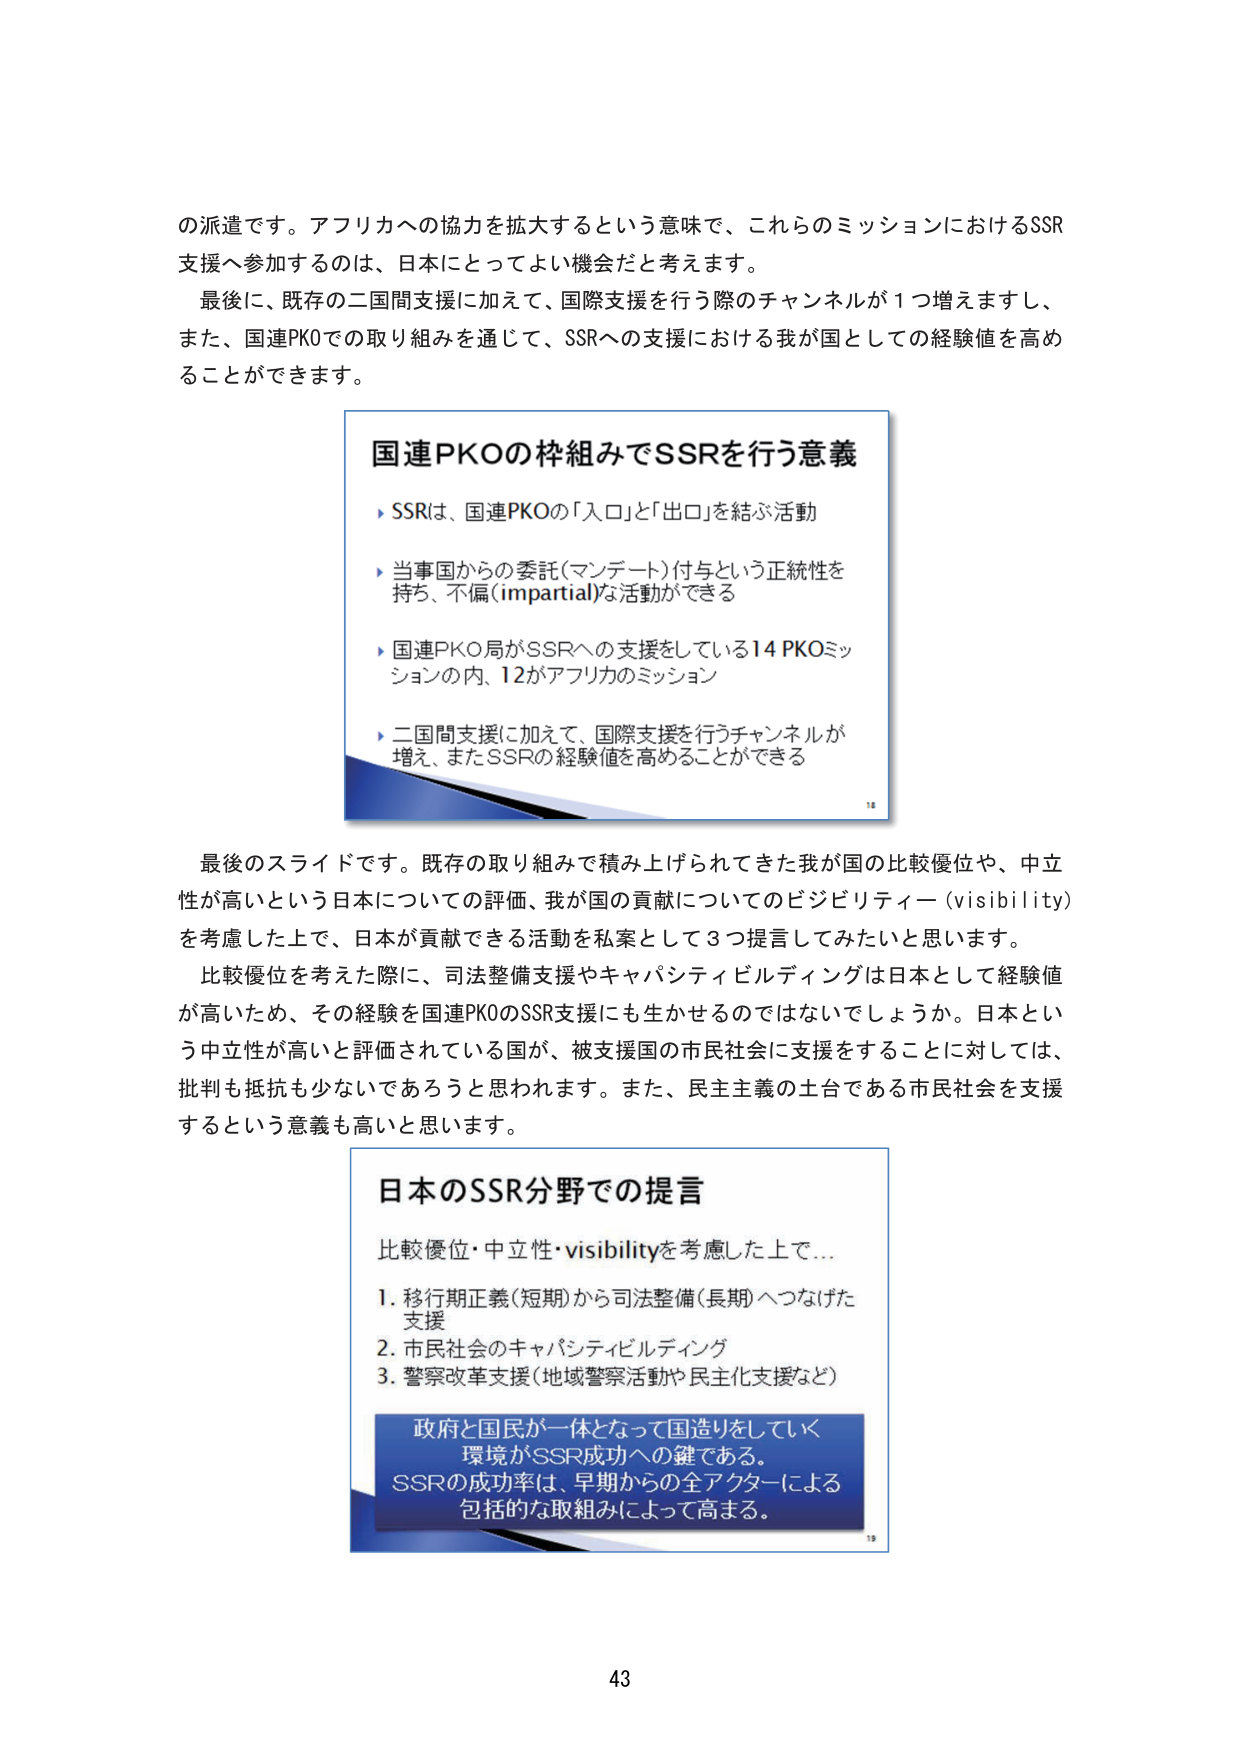
の派遣です。アフリカへの協力を拡大するという意味で、これらのミッションにおけるSSR支援へ参加するのは、日本にとってよい機会だと考えます。

最後に、既存の二国間支援に加えて、国際支援を行う際のチャンネルが1つ増えますし、また、国連PKOでの取り組みを通じて、SSRへの支援における我が国としての経験値を高めることができます。

国連PKOの枠組みでSSRを行う意義
▶ SSRは、国連PKOの「入口」と「出口」を結ぶ活動
▶ 当事国からの委託（マンデート）付与という正統性を持ち、不偏（impartial）な活動ができる
▶ 国連PKO局がSSRへの支援をしている14 PKOミッションの内、12がアフリカのミッション
▶ 二国間支援に加えて、国際支援を行うチャンネルが増え、またSSRの経験値を高めることができる

最後のスライドです。既存の取り組みで積み上げられてきた我が国の比較優位や、中立性が高いという日本についての評価、我が国の貢献についてのビジビリティ（visibility）を考慮した上で、日本が貢献できる活動を私案として3つ提言してみたいと思います。

比較優位を考えた際に、司法整備支援やキャパシティビルディングは日本として経験値が高いため、その経験を国連PKOのSSR支援にも生かせるのではないでしょうか。日本という中立性が高いと評価されている国が、被支援国の市民社会に支援をすることに対しては、批判も抵抗も少ないであろうと思われます。また、民主主義の土台である市民社会を支援するという意義も高いと思います。

日本のSSR分野での提言
比較優位・中立性・visibilityを考慮した上で…
1. 移行期正義（短期）から司法整備（長期）へつなげた支援
2. 市民社会のキャパシティビルディング
3. 警察改革支援（地域警察活動や民主化支援など）

政府と国民が一体となって国造りをしていく環境がSSR成功への鍵である。
SSRの成功率は、早期からの全アクターによる包括的な取組みによって高まる。

43